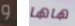
و هاها